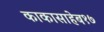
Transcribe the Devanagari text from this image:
काकासाहेब१७